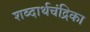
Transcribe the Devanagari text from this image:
शब्दार्थचंद्रिका